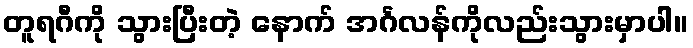
တူရဂီကို သွားပြီးတဲ့ နောက် အင်္ဂလန်ကိုလည်းသွားမှာပါ။